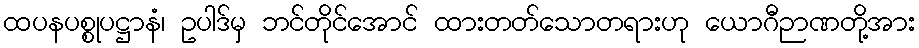
ထပနပစ္စုပဋ္ဌာနံ၊ ဥပါဒ်မှ ဘင်တိုင်အောင် ထားတတ်သောတရားဟု ယောဂီဉာဏတို့အား